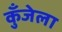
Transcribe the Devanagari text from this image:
कुँजेला